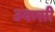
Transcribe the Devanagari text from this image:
उकसी